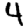
Digit: 4